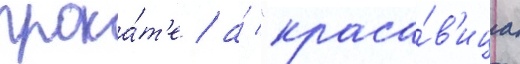
прока́т'е / а́ "краса́в'ица